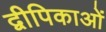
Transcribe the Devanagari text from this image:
द्वीपिकाओं